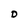
Character: 0